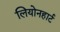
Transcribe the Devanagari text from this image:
लियोनहार्ट